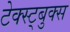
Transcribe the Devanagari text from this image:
टेक्स्ट्बुक्स